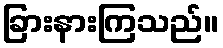
ခြားနားကြသည်။